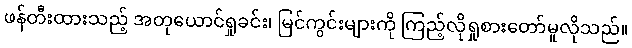
ဖန်တီးထားသည့် အတုယောင်ရှုခင်း၊ မြင်ကွင်းများကို ကြည့်လိုရှုစားတော်မူလိုသည်။